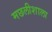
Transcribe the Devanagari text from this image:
मछलीशाला